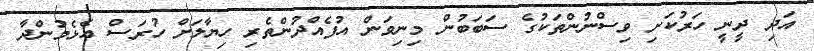
އަދި ދީނީ ހަރުކަށި ވިސްނުންތަކުގެ ސަބަބުން މިނިވަން އުފެއްދުންތެރި ހިޔާލަށް ހުރަސް އެޅެމުންދާ